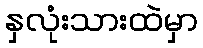
နှလုံးသားထဲမှာ